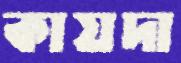
কায়দা